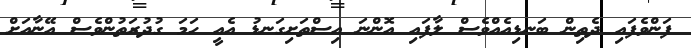
ފަންވެފައި ދެތިން ބަނޑިއެއްވެސް ލާފައި އޮންނަ އިސްތަށިގަނޑު އެއީ ހަމަ ގުދުރަތުންވެސް އޭނާއަށް